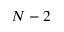
N - 2